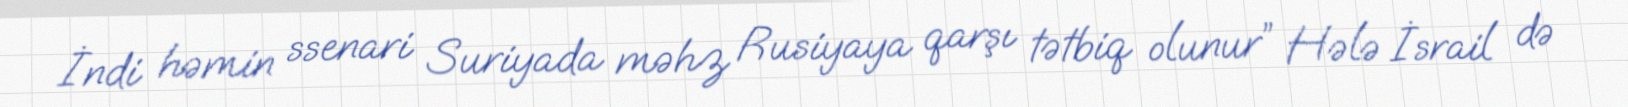
İndi həmin ssenari Suriyada məhz Rusiyaya qarşı tətbiq olunur” Hələ İsrail də